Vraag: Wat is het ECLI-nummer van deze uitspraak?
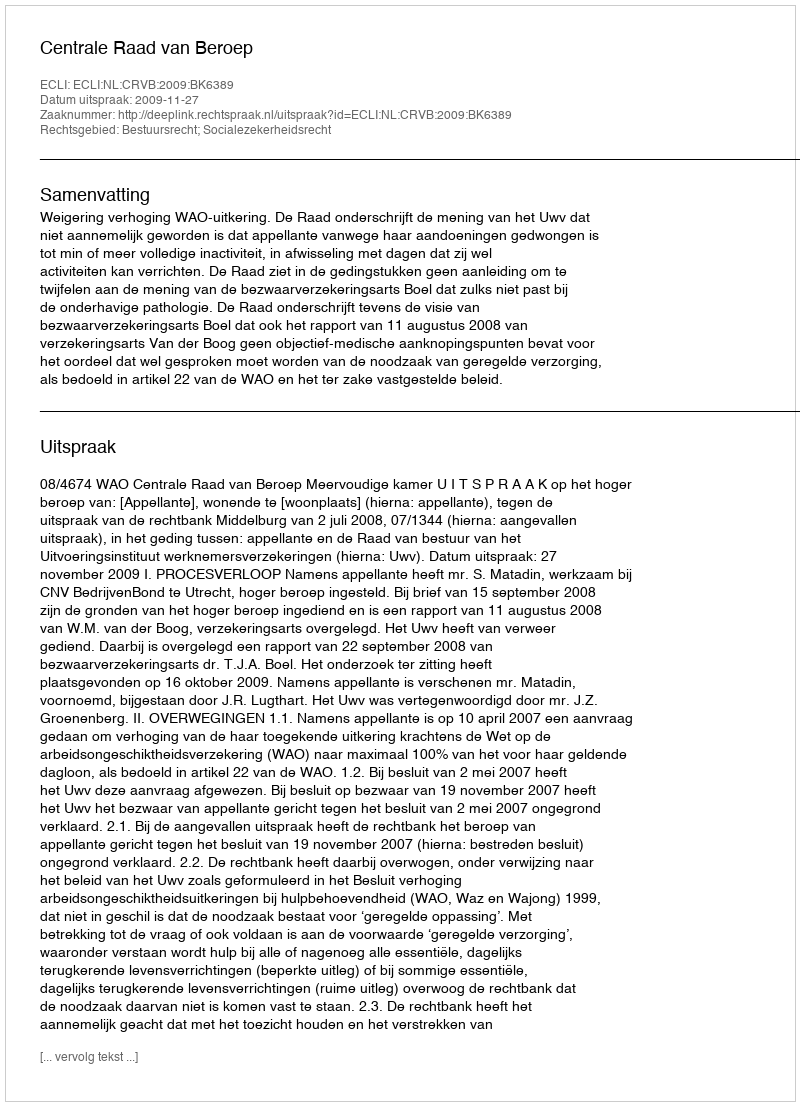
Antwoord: ECLI:NL:CRVB:2009:BK6389